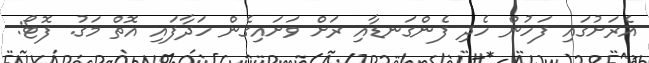
އެރަށުގައި ފަހުން ހެދި ފެންގަނޑާއި ރަށް ވަށައިގެން ހަދާފައި އޮތް މަގު. ފޮޓޯ: